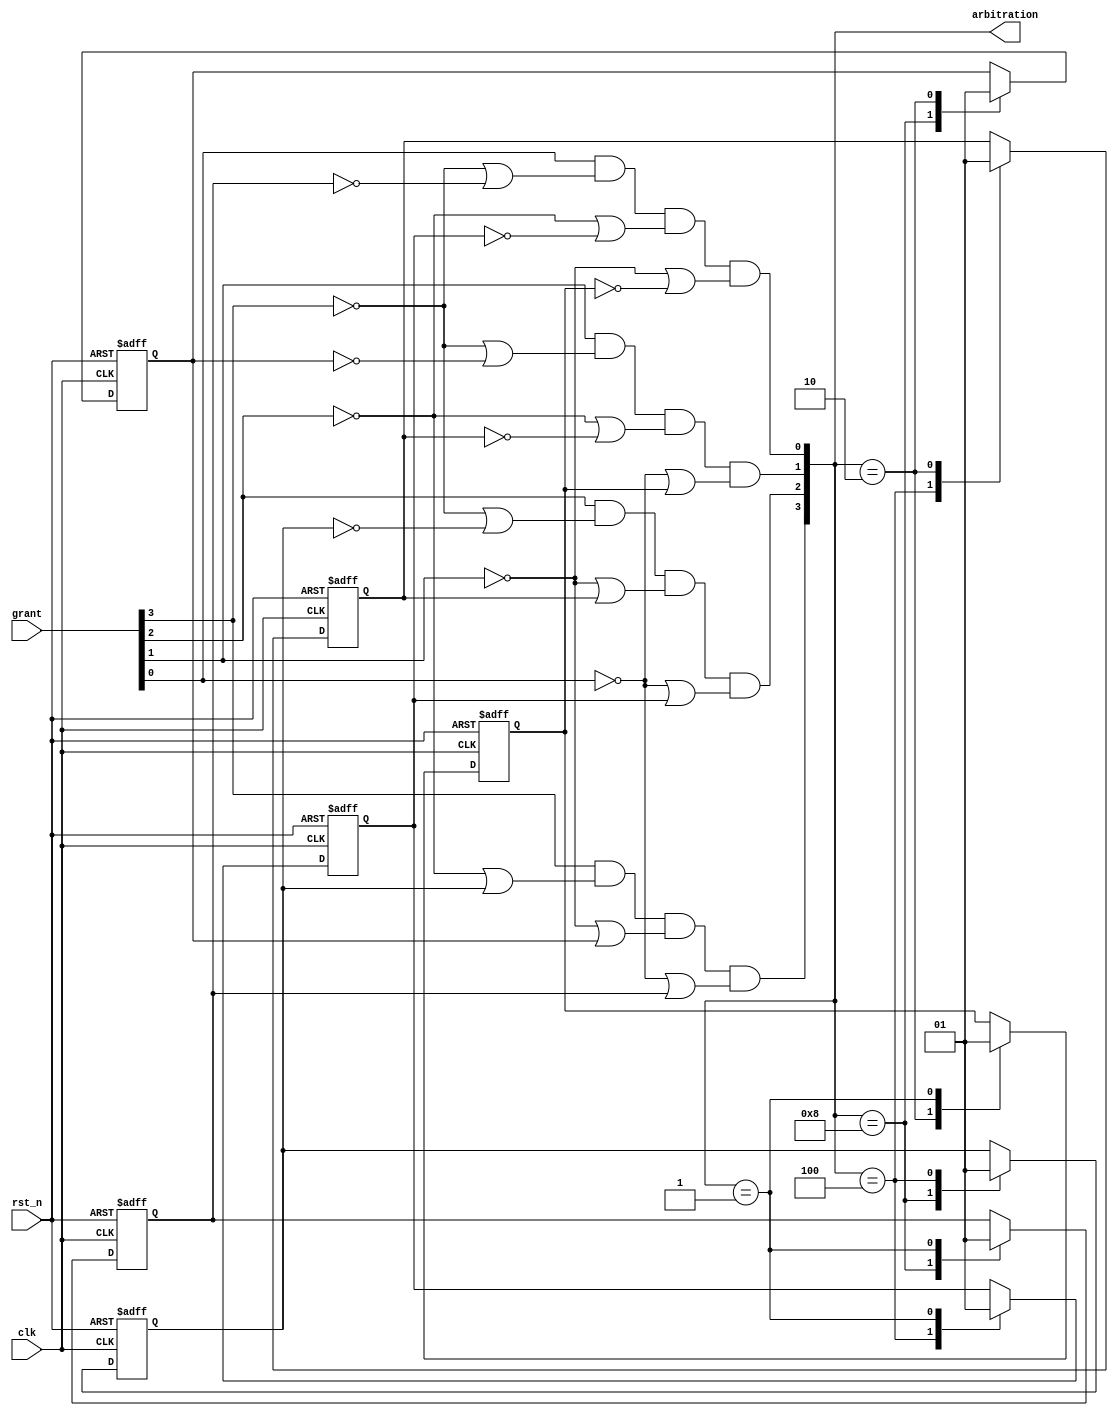
module arbiter4(
	input	wire		clk,
	input	wire		rst_n,
	input	wire[3:0]	grant,
	output	wire[3:0]	arbitration
	);


	reg	prio3_2;	reg	prio3_1;	reg	prio3_0;
	reg	prio2_1;	reg	prio2_0;
	reg	prio1_0;




	assign arbitration[3] = grant[3]& (~grant[2] | prio3_2) &(~grant[1] | prio3_1)& (~grant[0] | prio3_0);

	assign arbitration[2] = grant[2]& (~grant[3] | ~prio3_2) &(~grant[1] | prio2_1)& (~grant[0] | prio2_0);

	assign arbitration[1] = grant[1]& (~grant[3] | ~prio3_1) &(~grant[2] | ~prio2_1)& (~grant[0] | prio1_0);

	assign arbitration[0] = grant[0]& (~grant[3] | ~prio3_0) &(~grant[2] | ~prio2_0)& (~grant[1] | ~prio1_0);

	always @(posedge clk or negedge rst_n) begin
		if (!rst_n) begin
		//initial priority is 43210;

			prio3_2		<=	1;
			prio3_1		<=	1;
			prio3_0		<=	1;

			prio2_1		<=	1;
			prio2_0		<=	1;

			prio1_0		<=	1;
		end
		else begin
			case(arbitration)
				4'b1000:begin
					prio3_2		<=	0;
					prio3_1		<=	0;
					prio3_0		<=	0;

					prio2_1		<=	prio2_1;
					prio2_0		<=	prio2_0;

					prio1_0		<=	prio1_0;
				end

				4'b0100:begin
					
					prio3_2		<=	1;
					prio3_1		<=	prio3_1;
					prio3_0		<=	prio3_0;

					prio2_1		<=	0;
					prio2_0		<=	0;

					prio1_0		<=	prio1_0;
				end

				4'b0010:begin

					prio3_2		<=	prio3_2;
					prio3_1		<=	1;
					prio3_0		<=	prio3_0;

					prio2_1		<=	1;
					prio2_0		<=	prio2_0;

					prio1_0		<=	0;
				end

				4'b0001:begin
					prio3_2		<=	prio3_2;
					prio3_1		<=	prio3_1;
					prio3_0		<=	1;

					prio2_1		<=	prio2_1;
					prio2_0		<=	1;

					prio1_0		<=	1;
				end

				default: begin
					prio3_2		<=	prio3_2;
					prio3_1		<=	prio3_1;
					prio3_0		<=	prio3_0;

					prio2_1		<=	prio2_1;
					prio2_0		<=	prio2_0;

					prio1_0		<=	prio1_0;
				end
			endcase
		end
	end

endmodule